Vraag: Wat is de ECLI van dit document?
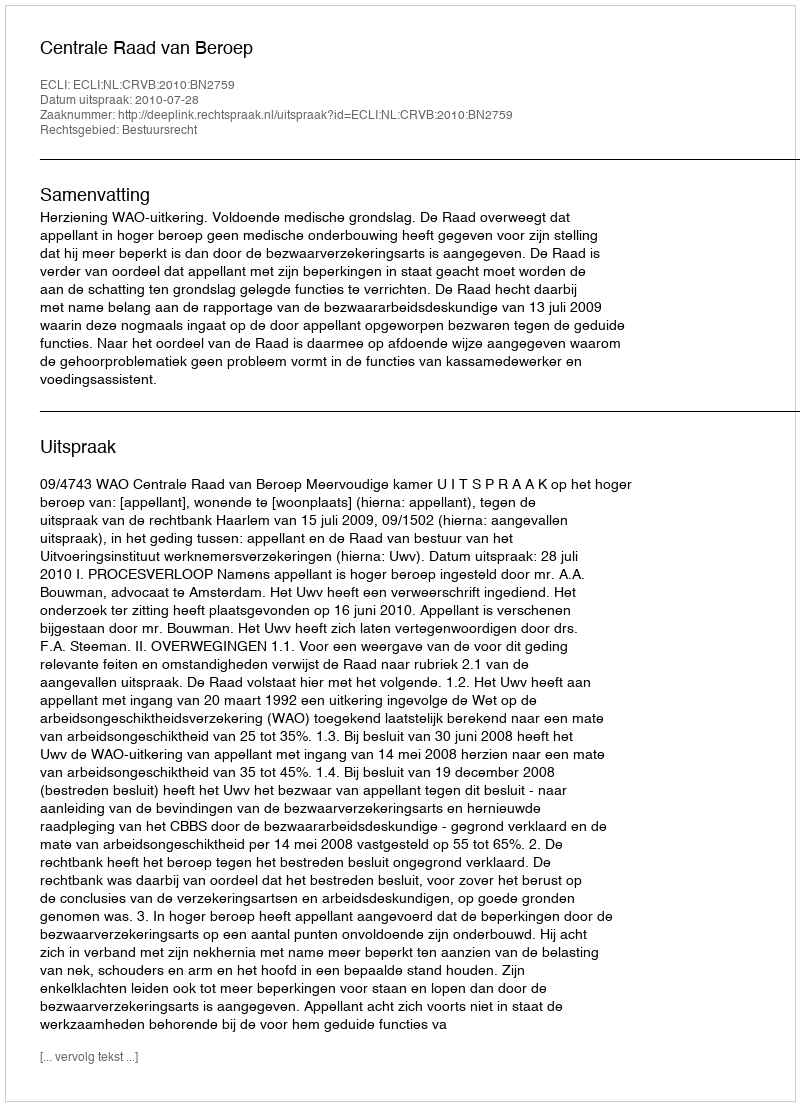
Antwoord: ECLI:NL:CRVB:2010:BN2759